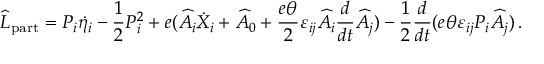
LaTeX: \widehat { L } _ { \mathrm { p a r t } } = { \cal P } _ { i } \dot { \eta } _ { i } - \frac { 1 } { 2 } { \cal P } _ { i } ^ { 2 } + e ( \widehat { A } _ { i } \dot { X } _ { i } + \widehat { A } _ { 0 } + \frac { e \theta } { 2 } \varepsilon _ { i j } \widehat { A } _ { i } \frac { d } { d t } \widehat { A } _ { j } ) - \frac { 1 } { 2 } \frac { d } { d t } ( e \theta \varepsilon _ { i j } { \cal P } _ { i } \widehat { A } _ { j } ) \, .